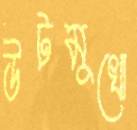
উটমুখো